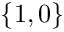
\{ 1 , 0 \}